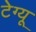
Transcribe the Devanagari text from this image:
टेग्यू